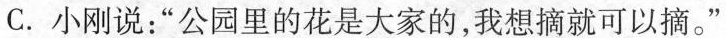
C.小刚说：”公园里的花是大家的，我想摘就可以摘。”